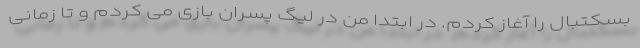
بسکتبال را آغاز کردم. در ابتدا من در لیگ پسران بازی می کردم و تا زمانی